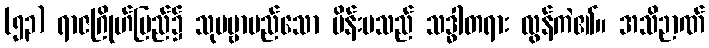
(၅၃) ရာဇဂြိုဟ်ပြည်၌ သုပဗ္ဗာမည်သော မိန်းမသည် သဒ္ဓါတရား လွန်ကဲ၏။ အသိဉာဏ်